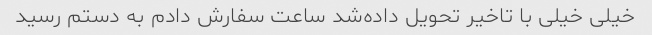
خیلی خیلی با تاخیر تحویل داده‌شد ساعت سفارش دادم به دستم رسید